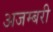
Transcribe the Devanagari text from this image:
अजम्बरी